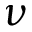
\nu